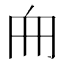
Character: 𠂥